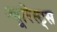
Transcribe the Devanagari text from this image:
ज्यूरिस्ट्स